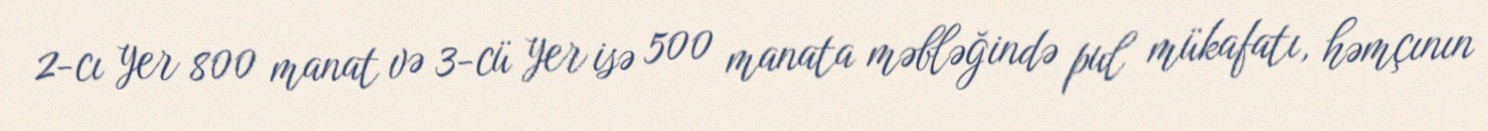
2-cı yer 800 manat və 3-cü yer isə 500 manata məbləğində pul mükafatı, həmçının